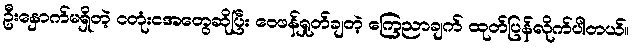
ဦးနှောက်မရှိတဲ့ ငတုံးငအတွေဆိုပြီး ဝေဖန်ရှုတ်ချတဲ့ ကြေညာချက် ထုတ်ပြန်လိုက်ပါတယ်။